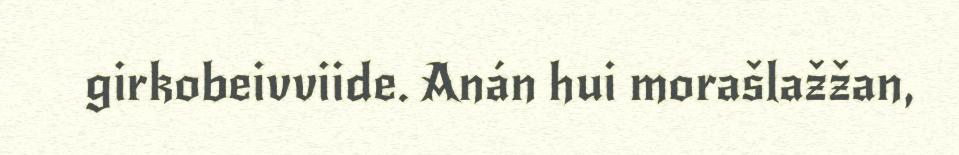
girkobeivviide. Anán hui morašlažžan,